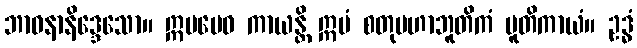
ဘာဝနာနိဒ္ဒေသော။ ဣမမေဝ ကာယန္တိ ဣမံ စတုမဟာဘူတိကံ ပူတိကာယံ။ ဥဒ္ဓံ